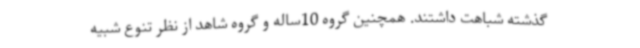
گذشته شباهت داشتند. همچنین گروه 10ساله و گروه شاهد از نظر تنوع شبیه